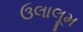
ઉલાલૂમ